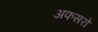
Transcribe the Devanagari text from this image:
अफसरो